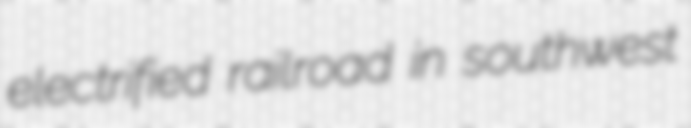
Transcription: electrified railroad in southwest